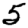
Digit: 5